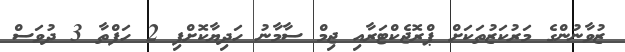
ޒުވާނުންގެ މަރުކަޒުތަކަށް ޕްރޮޖެކްޓަރާއި ޖިމް ސާމާނު ހަދިޔާކޮށްފި 2 ހަފްތާ 3 ދުވަސް